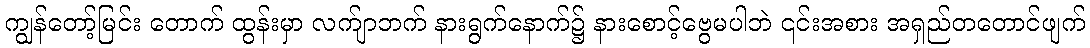
ကျွန်တော့်မြင်း တောက် ထွန်းမှာ လက်ျာဘက် နားရွက်နောက်၌ နားစောင့်ဗွေမပါဘဲ ၎င်းအစား အရှည်တတောင်ဖျက်